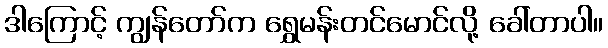
ဒါကြောင့် ကျွန်တော်က ရွှေမန်းတင်မောင်လို့ ခေါ်တာပါ။